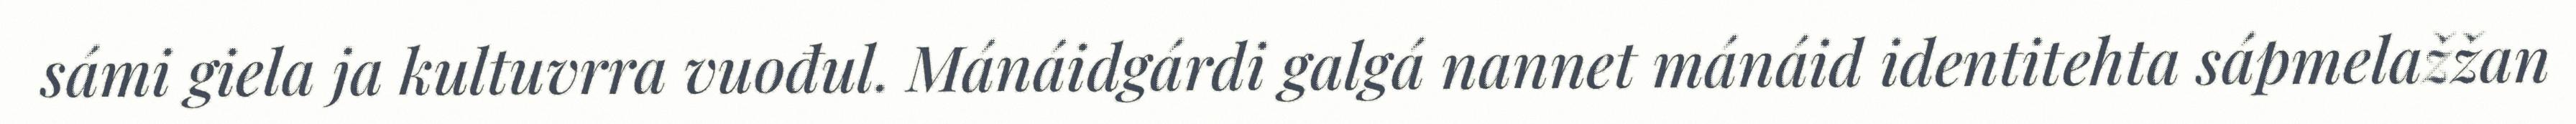
sámi giela ja kultuvrra vuođul. Mánáidgárdi galgá nannet mánáid identitehta sápmelažžan